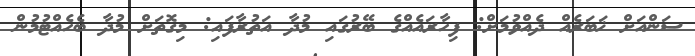
ސަންއަށް ޚަބަރެއް ދެއްވުމަށް: ފިހާރައެއްގެ ބޭރުގައި މުދާ އަތުރާފައި: މިގޮތަށް މުދާ ބެހެއްޓުމުން